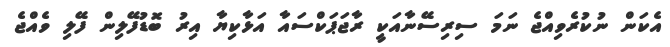
އެކަން ނުކުރެވިއްޖެ ނަމަ ސިރިސޭނާއަކީ ރާޖަޕަކްސައާ އަޅާކިޔާ އިރު ބޮޑުފޭލިން ފޭލި ވެއްޖެ